Vaccination in Bombay 1874-1876 - 1874-1876
Year: 1874
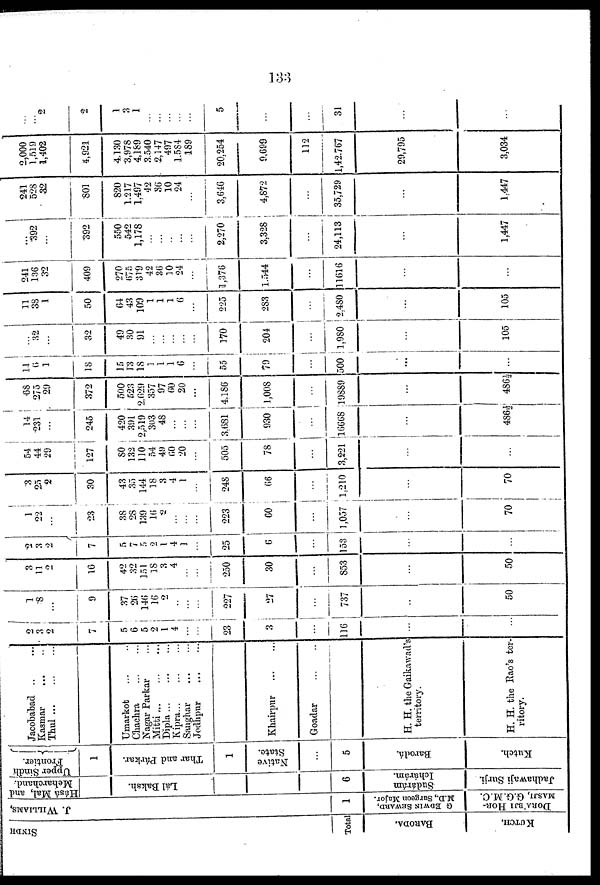
133
SINDH
Total
BARODA.
KUTCH.
J. WILLIAMS,
1
G EDWIN SEWARD,
M.D., Surgeon Major.
DORA'BJI HOR-
MASJI, G.G.M.C.
Hásá Mal, and
Meharchand.
Lál Baksh.
6
Sudárám
Ichárám.
Jadhawaji Surji
Upper Sindh
Frontier.
1
Thar and Párkar.
1
Native
State.
...
5
Barodá.
Kutch.
Jacobabad ... ...
Kasmar
...
...
Thul
...
...
...
Umarkot ... ...
Chachra
...
...
Nagar Parkar ...
Mitti
...
...
...
Dipla
...
...
...
Kipra ... ... ...
Sanghar
...
...
Jodhpur
...
...
Khairpur
...
...
Goadar
...
...
H. H. the Gaikawad's
territory.
H. H. the Rao's ter-
ritory.
2
3
2
7
5
6
5
2
1
4
...
...
23
3
...
116
...
...
1
8
...
9
37
26
146
16
2
...
...
...
227
27
...
737
...
50
3
11
2
16
42
32
151
18
3
4
...
...
250
30
...
853
...
50
2
3
2
7
5
7
5
2
1
4
1
...
25
6
...
153
...
...
1
22
...
23
38
28
139
16
2
...
...
...
223
60
...
1,057
...
70
3
25
2
30
43
35
144
18
3
4
1
...
248
66
...
1,210
...
70
54
44
29
127
80
132
110
54
49
60
20
...
505
78
...
3,221
...
...
14
231
...
245
420
391
2,519
303
48
...
...
...
3,681
930
...
16668
...
486½
68
275
29
372
500
523
2,629
357
97
60
20
...
4,186
1,008
...
19889
...
486½
11
6
1
18
15
13
18
1
1
1
6
...
55
79
...
500
...
...
...
82
...
32
49
30
91
...
...
...
...
...
170
204
...
1,980
...
105
11
38
1
50
64
43
109
1
1
1
6
...
225
283
...
2,480
...
105
241
136
32
409
270
675
319
42
36
10
24
...
1,376
1,544
...
11616
...
...
...
392
...
392
550
542
1,178
...
...
...
...
...
2,270
3,328
...
24,113
...
1,447
241
528
32
801
820
1,217
1,497
42
36
10
24
...
3,646
4,872
...
35,729
...
1,447
2,000
1,519
1,402
4,921
4,130
3,978
4,189
3,540
2,147
497
1,584
189
20,254
9,699
112
1,42,767
29,795
3,034
...
...
2
2
1
3
1
...
...
...
...
...
5
...
...
31
...
...